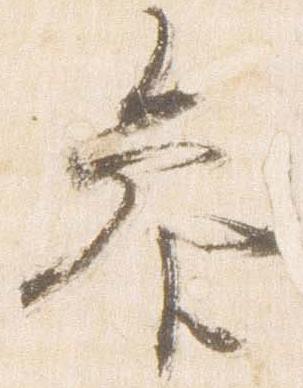
参